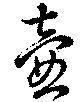
壷